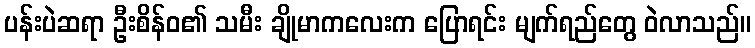
ပန်းပဲဆရာ ဦးစိန်ဝ၏ သမီး ချိုမာကလေးက ပြောရင်း မျက်ရည်တွေ ဝဲလာသည်။